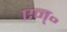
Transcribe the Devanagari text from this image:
एन्॰